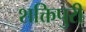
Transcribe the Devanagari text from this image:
शक्तिपुरी